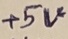
Text: +5V